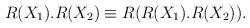
LaTeX: \begin{align*}R(X_1).R(X_2) \equiv R (R(X_1).R(X_2)) .\end{align*}